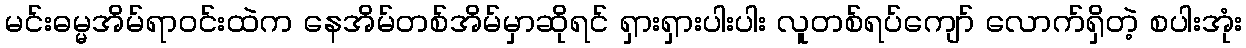
မင်းဓမ္မအိမ်ရာဝင်းထဲက နေအိမ်တစ်အိမ်မှာဆိုရင် ရှားရှားပါးပါး လူတစ်ရပ်ကျော် လောက်ရှိတဲ့ စပါးအုံး